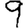
Digit: 9